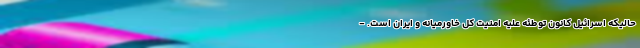
حالیکه اسرائیل کانون توطئه علیه امنیت کل خاورمیانه و ایران است. -